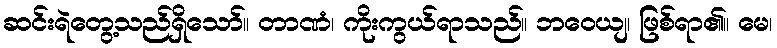
ဆင်းရဲတွေ့သည်ရှိသော်။ တာဏံ၊ ကိုးကွယ်ရာသည်။ ဘဝေယျ၊ ဖြစ်ရာ၏။ မေ၊